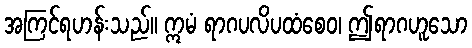
အကြင်ရဟန်းသည်။ ဣမံ ရာဂပလိပထံစေဝ၊ ဤရာဂဟူသော